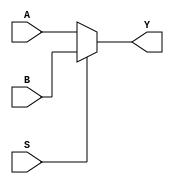
module mux2 (S,A,B,Y);
    input S;
    input A,B;
    output reg Y;

    always @(*)
		Y = (S)? B : A;
endmodule

module mux4 ( S, D, Y );
    input[1:0] S;
    input[3:0] D;
    output Y;

    reg Y;
    wire[1:0] S;
    wire[3:0] D;

    always @*
    begin
        case( S )
            0 : Y = D[0];
            1 : Y = D[1];
            2 : Y = D[2];
            3 : Y = D[3];
        endcase
    end
endmodule

module mux8 ( S, D, Y );
    input[2:0] S;
    input[7:0] D;
    output Y;

    reg Y;
    wire[2:0] S;
    wire[7:0] D;

    always @*
    begin
        case( S )
            0 : Y = D[0];
            1 : Y = D[1];
            2 : Y = D[2];
            3 : Y = D[3];
            4 : Y = D[4];
            5 : Y = D[5];
            6 : Y = D[6];
            7 : Y = D[7];
        endcase
    end
endmodule

module mux16 (D, S, Y);
 	input  [15:0] D;
 	input  [3:0] S;
 	output Y;

    assign Y = D[S];
endmodule